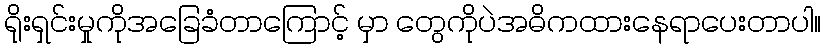
ရိုးရှင်းမှုကိုအခြေခံတာကြောင့် မှာ တွေကိုပဲအဓိကထားနေရာပေးတာပါ။